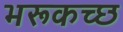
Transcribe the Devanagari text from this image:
भरूकच्छ